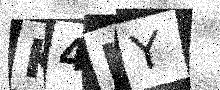
Text: K4HY